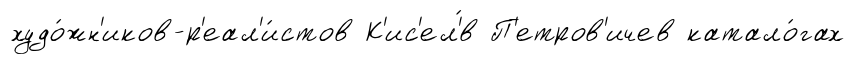
худо́жн'иков-р'еал'и́стов К'ис'ел'́в П'етров'ичев катало́гах